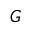
G